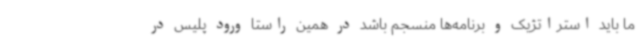
ما باید استراتژیک و برنامه‌ها منسجم باشد در همین راستا ورود پلیس در